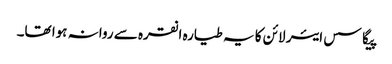
پیگاسس ایئر لائن کا یہ طیارہ انقرہ سے روانہ ہوا تھا۔